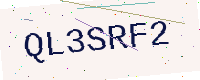
Text: QL3SRF2